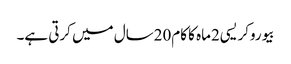
بیوروکریسی2ماہ کا کام20سال میں کرتی ہے۔